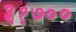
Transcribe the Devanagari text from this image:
३१७००